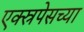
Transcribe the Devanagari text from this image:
एक्स्रपेसच्या